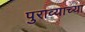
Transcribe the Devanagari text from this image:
पुराव्याच्या